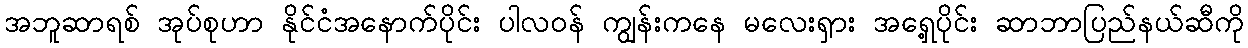
အဘူဆာရစ် အုပ်စုဟာ နိုင်ငံအနောက်ပိုင်း ပါလဝန် ကျွန်းကနေ မလေးရှား အရှေ့ပိုင်း ဆာဘာပြည်နယ်ဆီကို